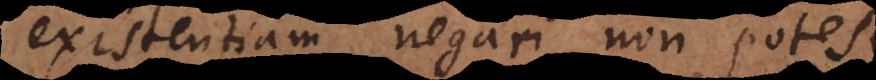
existentiam negari non potes